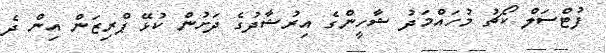
ފުޓްސަލް ކޯޗު މުހައްމަދު ޝާހީންގެ އިރުޝާދުގެ ދަށުން ކުޅޭ ޕްރިޒަން އިން ދެ